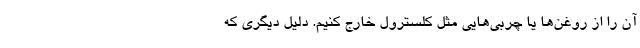
آن را از روغن‌ها یا چربی‌هایی مثل کلسترول خارج کنیم. دلیل دیگری که